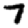
Digit: 7